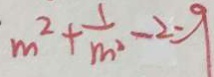
m ^ { 2 } + \frac { 1 } { m ^ { 2 } } - 2 = 9